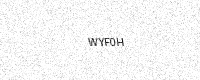
Text: WYF0H